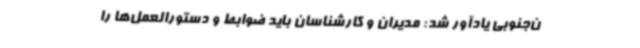
ن‌جنوبی یادآور شد: مدیران و کارشناسان باید ضوابط و دستورالعمل‌ها را